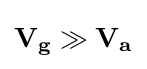
{\mathbf {V_{g}} \gg \mathbf {V_{a}} }